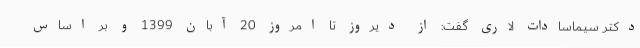
دکتر سیماسادات لاری گفت: از دیروز تا امروز 20 آبان 1399 و بر اساس